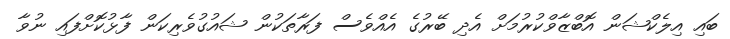
ބައި އިލެކްޝަން އޮބްޒާވްކުރުމަށް އެދި ބޭރުގެ އެއްވެސް ފަރާތަކުން ޝައުގުވެރިކަން ފާޅުކޮށްފައި ނުވާ